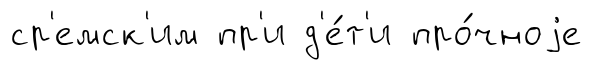
ср'емск'им пр'и д'е́т'и про́чноjе